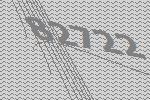
82722